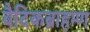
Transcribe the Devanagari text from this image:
वैदिकब्राहम्ण